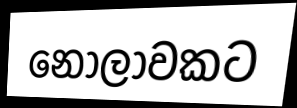
නොලාවකට